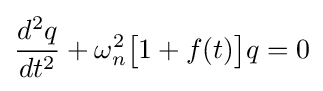
{\frac {d^{2}q}{dt^{2}}}+\omega _{n}^{2}{\big [}1+f(t){\big ]}q=0